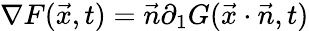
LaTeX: \nabla F({\vec{x}},t)={\vec{n}}\partial_{1}G({\vec{x}}\cdot{\vec{n}},t)